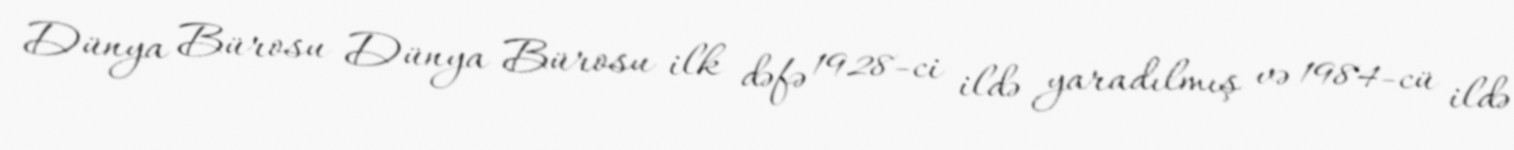
Dünya Bürosu Dünya Bürosu ilk dəfə 1928-ci ildə yaradılmış və 1984-cü ildə